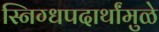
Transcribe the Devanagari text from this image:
स्निग्धपदार्थांमुळे